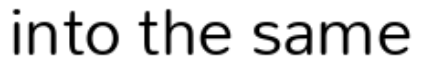
into the same